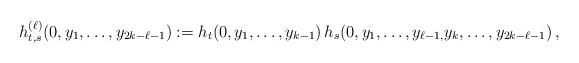
LaTeX: \begin{align*} h_{t,s}^{(\ell)} (0,y_1,\dots,y_{2k-\ell-1}) := h_t(0,y_1,\dots,y_{k-1})\, h_s(0,y_1,\dots,y_{\ell-1,} y_{k}, \dots, y_{2k-\ell-1})\,,\end{align*}